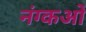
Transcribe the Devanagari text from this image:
नंग्‍कओं